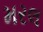
મરલ